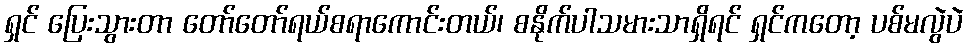
ရှင် ပြေးသွားတာ တော်တော်ရယ်စရာကောင်းတယ်၊ စနိုက်ပါသမားသာရှိရင် ရှင်ကတော့ ပစ်မလွဲပဲ